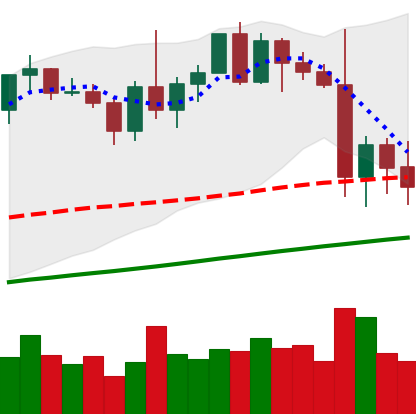
Ticker: XMR-USD
Chart end date: 2021-01-04
Forward return: 10.451%
Label: up_7plus